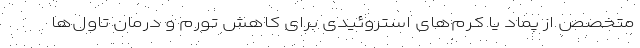
متخصص از پماد یا کرم‌های استروئیدی برای کاهش تورم و درمان تاول‌ها